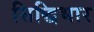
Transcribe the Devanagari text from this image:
सिद्धिभार